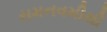
રામનવમીથી